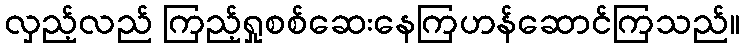
လှည့်လည် ကြည့်ရှုစစ်ဆေးနေကြဟန်ဆောင်ကြသည်။